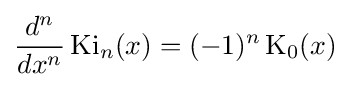
{\frac {d^{n}}{dx^{n}}}\operatorname {Ki} _{n}(x)=(-1)^{n}\operatorname {K} _{0}(x)